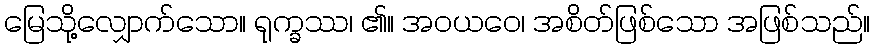
မြေသို့လျှောက်သော။ ရုက္ခဿ၊ ၏။ အဝယဝေ၊ အစိတ်ဖြစ်သော အဖြစ်သည်။